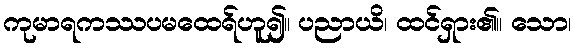
ကုမာရကဿပမထေရ်ဟူ၍။ ပညာယိ၊ ထင်ရှား၏။ သော၊